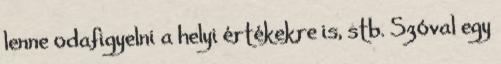
lenne odafigyelni a helyi értékekre is, stb. Szóval egy